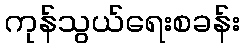
ကုန်သွယ်ရေးစခန်း